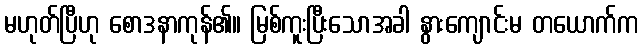
မဟုတ်ပြီဟု စောဒနာကုန်၏။ မြစ်ကူးပြီးသောအခါ နွားကျောင်းမ တယောက်က